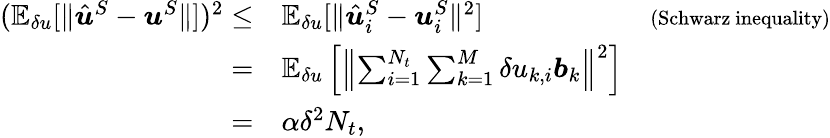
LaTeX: \begin{array}{rlr}{(\mathbb{E}_{\delta u}[\| \hat{\boldsymbol{u}}^{S}-\boldsymbol{u}^{S}\| ])^{2}\le}&{\mathbb{E}_{\delta u}[\| \hat{\boldsymbol{u}}_{i}^{S}-\boldsymbol{u}_{i}^{S}\| ^{2}]}&{{\scriptstyle(\mathrm{Schwarz~inequality})}}\\ {=}&{\mathbb{E}_{\delta u}\left[\left\| \sum_{i=1}^{N_{t}}\sum_{k=1}^{M}\delta u_{k,i}\boldsymbol{b}_{k}\right\| ^{2}\right]}&\\ {=}&{\alpha\delta^{2}N_{t},}\end{array}